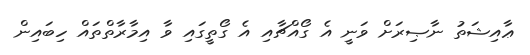
ޢާއިޝަތު ނާޞިރަށް ވަނީ އެ ގޯއްޗާއި އެ ގޯތީގައި ވާ އިމާރާތްތައް ހިބައިން